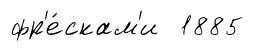
фр'е́скам'и 1885